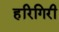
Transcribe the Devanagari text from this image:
हरिगिरी